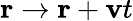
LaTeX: \mathbf{r}\rightarrow\mathbf{r}+\mathbf{v}t